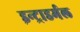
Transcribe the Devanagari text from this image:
इन्ट्राडर्मल